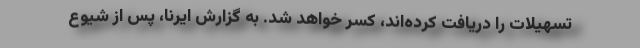
تسهیلات را دریافت کرده‌اند، کسر خواهد شد. به گزارش ایرنا، پس از شیوع